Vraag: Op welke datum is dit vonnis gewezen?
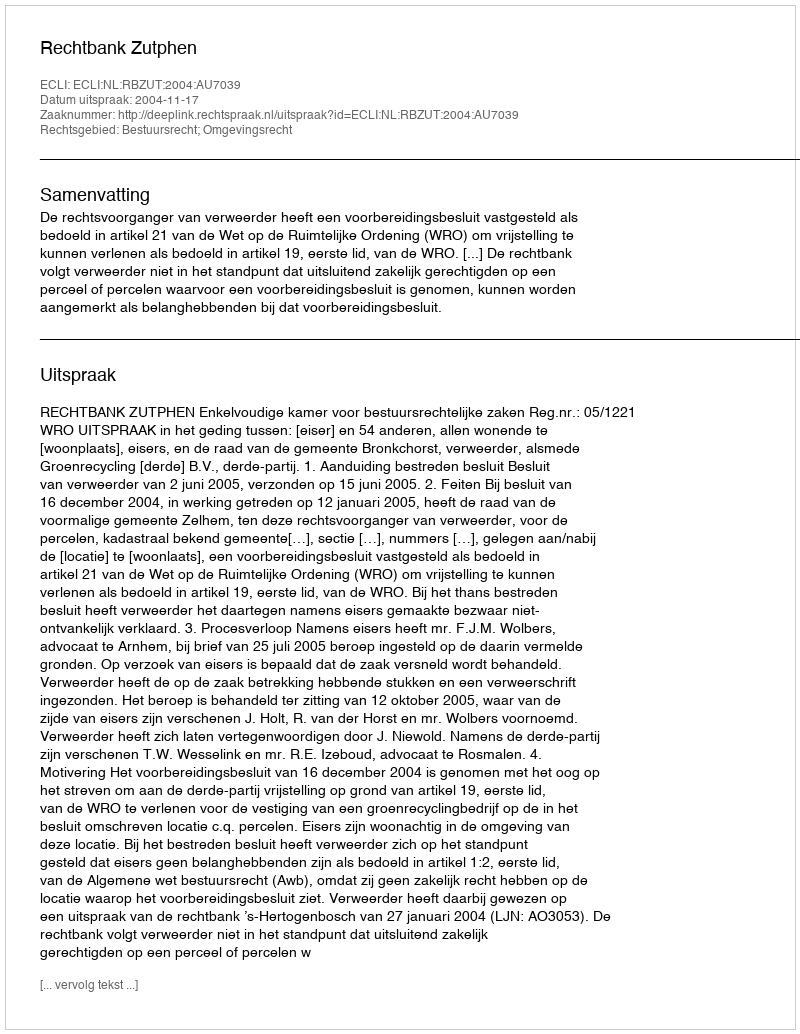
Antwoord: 2004-11-17